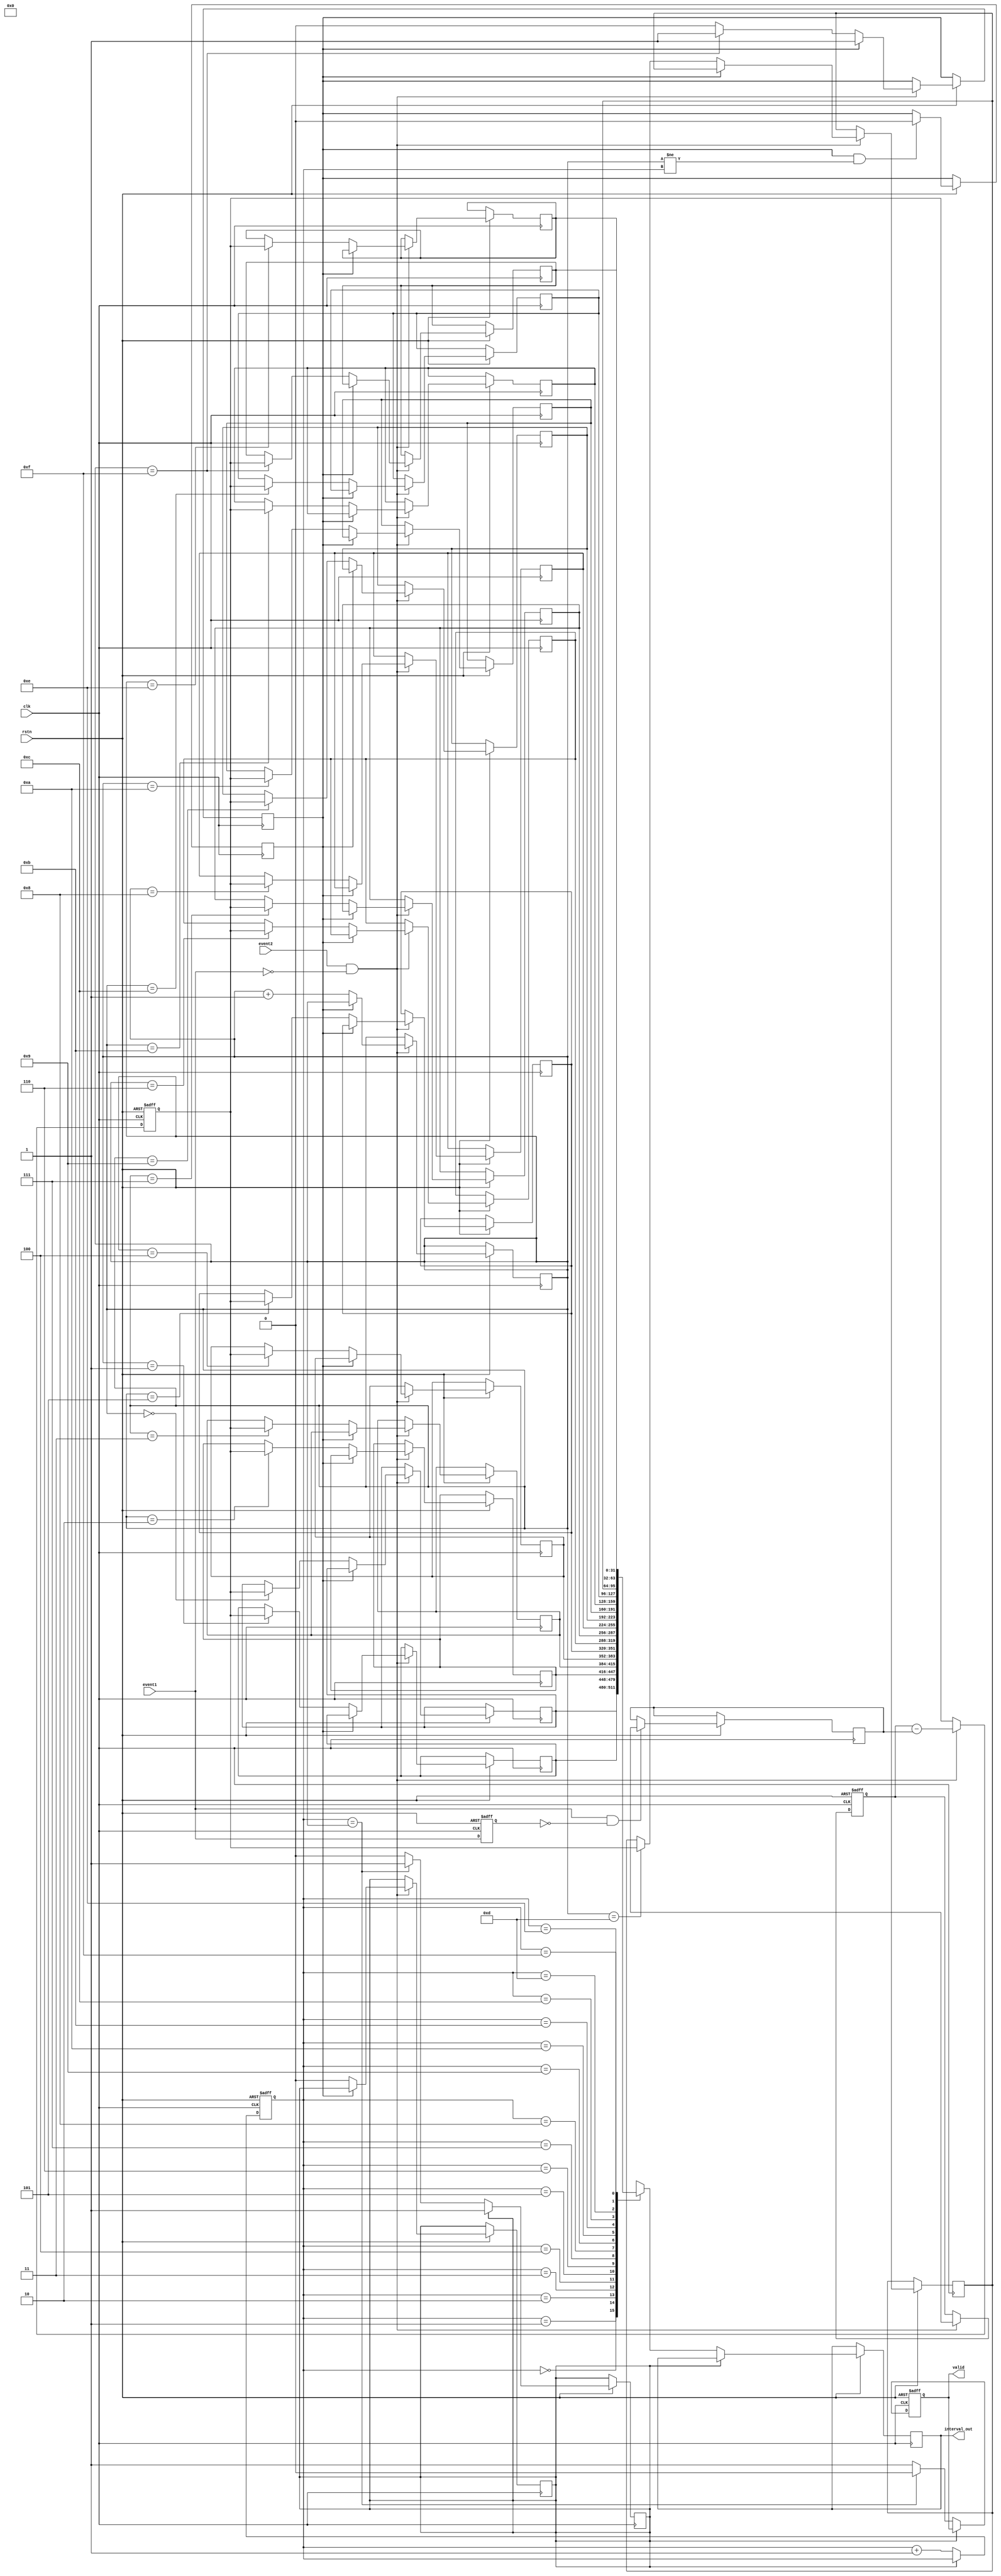
module tdc (
    input wire clk,                 // Clock input
    input wire rstn,               // Asynchronous reset, active low
    input wire event1,             // First event input
    input wire event2,             // Second event input
    output wire [31:0] interval_out, // Output for measured time interval
    output wire valid               // Signal to indicate valid output
);

parameter FIFO_DEPTH = 16;        // Depth of FIFO
parameter COUNTER_WIDTH = 32;     // Width of the counter

reg [COUNTER_WIDTH-1:0] timestamp1; // Timestamp for first event
reg [COUNTER_WIDTH-1:0] timestamp2; // Timestamp for second event
reg [COUNTER_WIDTH-1:0] interval;    // Measured time interval
reg [COUNTER_WIDTH-1:0] fifo [0:FIFO_DEPTH-1]; // FIFO storage
reg [3:0] fifo_write_pointer;    // FIFO write pointer
reg [3:0] fifo_read_pointer;     // FIFO read pointer
reg fifo_full;                   // FIFO full flag
reg fifo_empty;                  // FIFO empty flag
reg valid_out;                   // Output valid flag

// Initial conditions
initial begin
    fifo_write_pointer = 0;
    fifo_read_pointer = 0;
    fifo_full = 0;
    fifo_empty = 1;
    valid_out = 0;
end

// Detecting rising edge for event1
reg event1_prev;
always @(posedge clk or negedge rstn) begin
    if (!rstn) begin
        event1_prev <= 0;
    end else begin
        event1_prev <= event1;
        if (event1 && !event1_prev) begin
            // Capture timestamp for event1
            timestamp1 <= $time;
        end
    end
end

// Detecting rising edge for event2 and calculating the interval
always @(posedge clk or negedge rstn) begin
    if (!rstn) begin
        timestamp2 <= 0;
        interval <= 0;
        valid_out <= 0;
    end else begin
        if (event2 && !event1) begin
            // Capture timestamp for event2
            timestamp2 <= $time;
            // Calculate interval
            interval <= timestamp2 - timestamp1;
            // Store interval in FIFO
            if (!fifo_full) begin
                fifo[fifo_write_pointer] <= interval;
                fifo_write_pointer <= fifo_write_pointer + 1;
                fifo_empty <= 0;
                if (fifo_write_pointer == FIFO_DEPTH - 1)
                    fifo_full <= 1;
            end
            valid_out <= 1; // Set valid output
        end
    end
end

// FIFO Read Logic
always @(posedge clk or negedge rstn) begin
    if (!rstn) begin
        fifo_read_pointer <= 0;
        valid <= 0;
    end else begin
        if (!fifo_empty) begin
            interval_out <= fifo[fifo_read_pointer];
            fifo_read_pointer <= fifo_read_pointer + 1;
            valid <= 1; // Indicate that output is valid
            if (fifo_read_pointer == fifo_write_pointer) begin
                fifo_empty <= 1; // FIFO is empty after reading
                valid <= 0; // Reset valid output
            end
        end
        // Reset full flag if FIFO is not full
        if (fifo_full && (fifo_write_pointer != fifo_read_pointer)) begin
            fifo_full <= 0;
        end
    end
end

endmodule